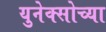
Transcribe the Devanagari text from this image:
युनेक्सोच्या